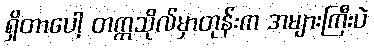
ရှိတာပေါ့ တက္ကသိုလ်မှာတုန်းက အများကြီးပဲ